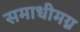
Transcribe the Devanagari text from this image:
समाधीमग्न